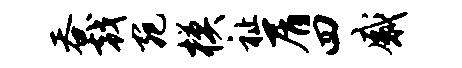
吞戟宛模祉屑四感